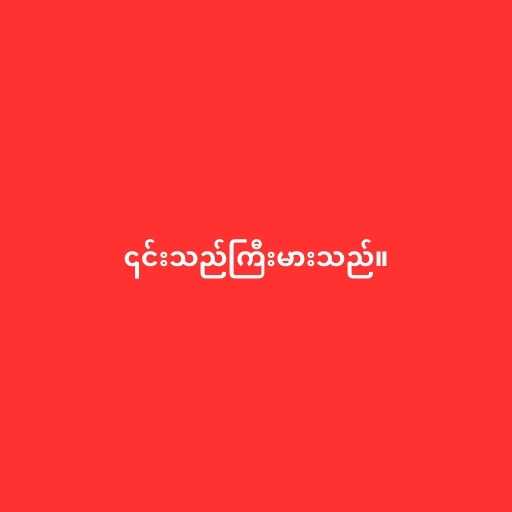
၎င်းသည်ကြီးမားသည်။